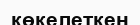
көкелеткен